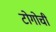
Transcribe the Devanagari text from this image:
टोगोची